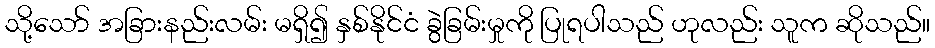
သို့သော် အခြားနည်းလမ်း မရှိ၍ နှစ်နိုင်ငံ ခွဲခြမ်းမှုကို ပြုရပါသည် ဟုလည်း သူက ဆိုသည်။